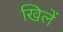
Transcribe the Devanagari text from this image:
खिलें